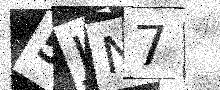
Text: 5JN7